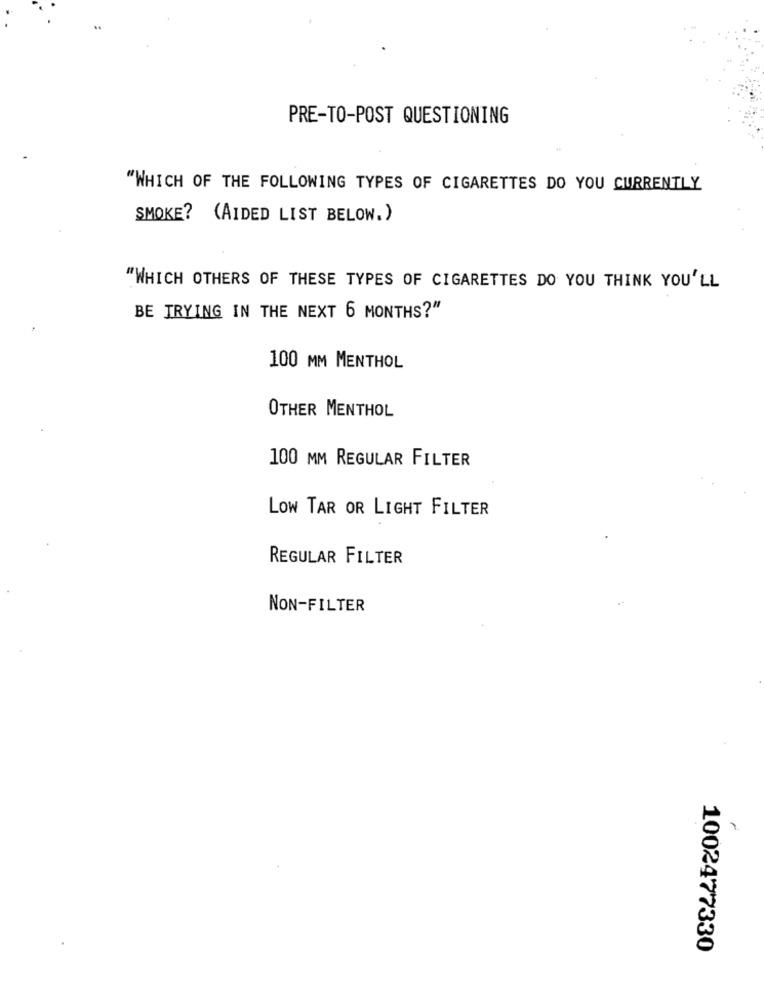
PRE-TO-POST QUESTIONING
"WHICH OF THE FOLLOWING TYPES OF CIGARETTES DO YOU CURRENTLY
SMOKE? (AIDED LIST BELOW. )
"WHICH OTHERS OF THESE TYPES OF CIGARETTES DO YOU THINK YOU'LL
BE TRYING IN THE NEXT 6 MONTHS?"
100 MM MENTHOL
OTHER MENTHOL
100 MM REGULAR FILTER
LOW TAR OR LIGHT FILTER
REGULAR FILTER
NON-FILTER
7
1002477330